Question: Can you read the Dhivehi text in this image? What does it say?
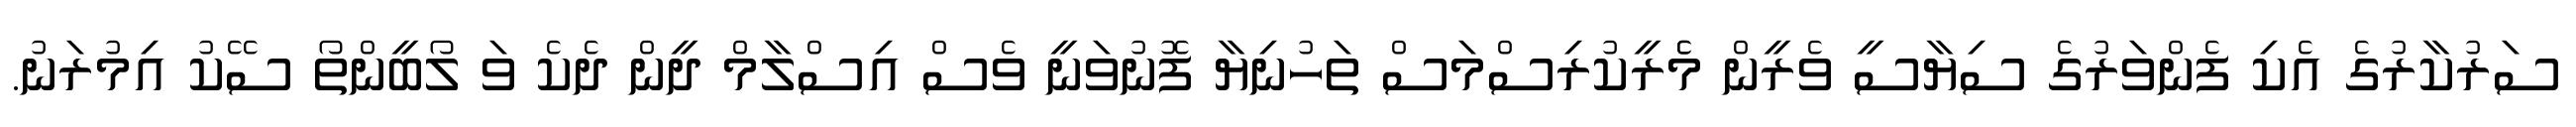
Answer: ސަރުކާރުގެ އެކި ފެންވަރުގެ ސިޔާސީ ވެރީން މެެރީކުރިސްމަސް ތަހުނިޔާ ފޮނުވަނީ ވެސް އިސްލާމް ދީން ދެކެ ވަ ލޯބީންތޯ ސޭކު އިމުރަނު.